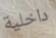
داخلية